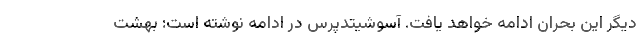
دیگر این بحران ادامه خواهد یافت. آسوشیتدپرس در ادامه نوشته است: بهشت